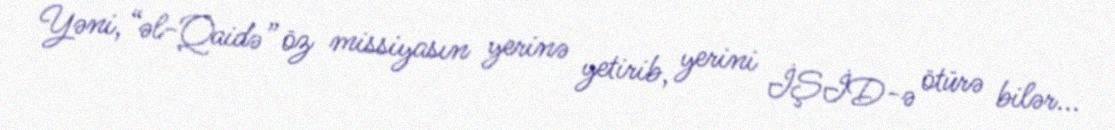
Yəni, “əl-Qaidə” öz missiyasın yerinə yetirib, yerini İŞİD-ə ötürə bilər...